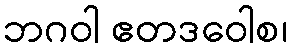
ဘဂဝါ ဧတဒဝေါစ၊